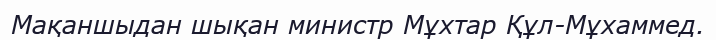
Мақаншыдан шықан министр Мұхтар Құл-Мұхаммед.